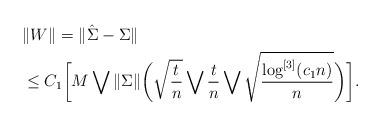
LaTeX: \begin{align*}& \|W\|=\|\hat\Sigma - \Sigma\| \\&\leq C_1\biggl[M\bigvee \|\Sigma\|\biggl(\sqrt{\frac{t}{n}}\bigvee \frac{t}{n} \bigvee \sqrt{\frac{\log^{[3]} (c_1 n)}{n}}\biggr)\biggr].\end{align*}